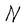
Character: N